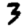
Digit: 3